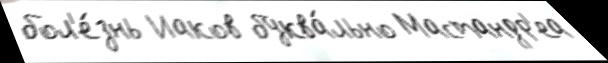
бол'е́знь Иаков буква́льно Мастандр'еа